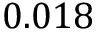
0 . 0 1 8